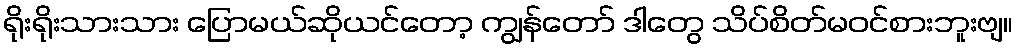
ရိုးရိုးသားသား ပြောမယ်ဆိုယင်တော့ ကျွန်တော် ဒါတွေ သိပ်စိတ်မဝင်စားဘူးဗျ။